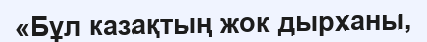
«Бұл казақтың жок дырханы,